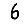
Digit: 6